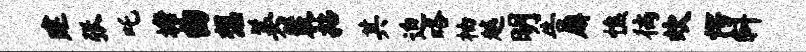
建张吒塘曲想美裴拈其迫咯柚越明告廨憔徜炊愕斜